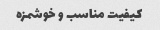
کیفیت مناسب و خوشمزه